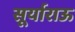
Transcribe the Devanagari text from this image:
सूर्याराऊ